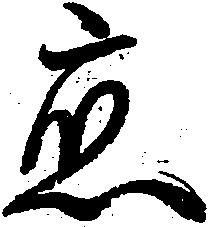
応